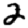
Digit: 2